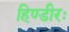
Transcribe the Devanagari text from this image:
हिण्डीरः